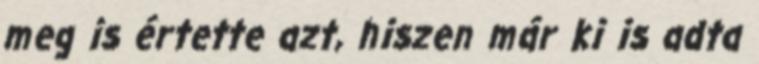
meg is értette azt, hiszen már ki is adta